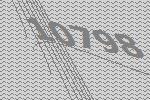
10798